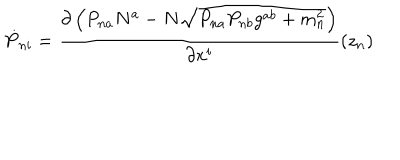
\dot { P } _ { n i } = \frac { \partial \left( P _ { n a } N ^ { a } - N \sqrt { P _ { n a } P _ { n b } g ^ { a b } + m _ { n } ^ { 2 } } \right) } { \partial x ^ { i } } ( z _ { n } )